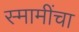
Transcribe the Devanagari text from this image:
स्मामींचा